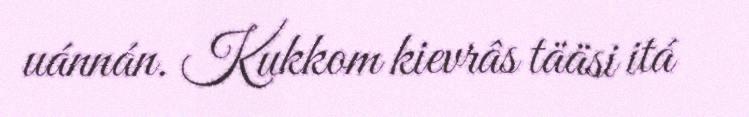
uánnán. Kukkom kievrâs tääsi itá